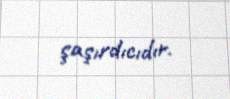
şaşırdıcıdır.